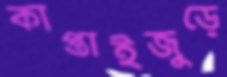
কাপ্তাইজুড়ে